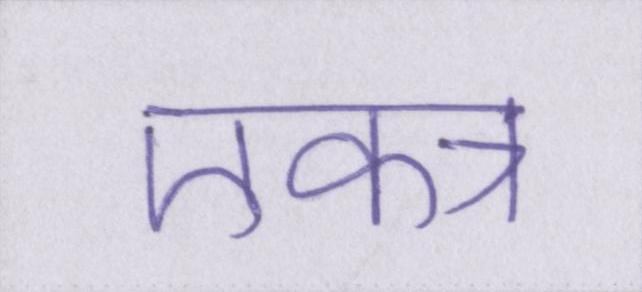
एकत्र